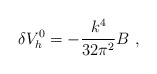
\begin{align*}\delta V_h^{0} = - {k^4 \over 32 \pi^2} B~, \end{align*}